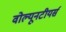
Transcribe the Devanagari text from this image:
वोल्यूनटीयर्स